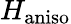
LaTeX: H_{\mathrm{aniso}}